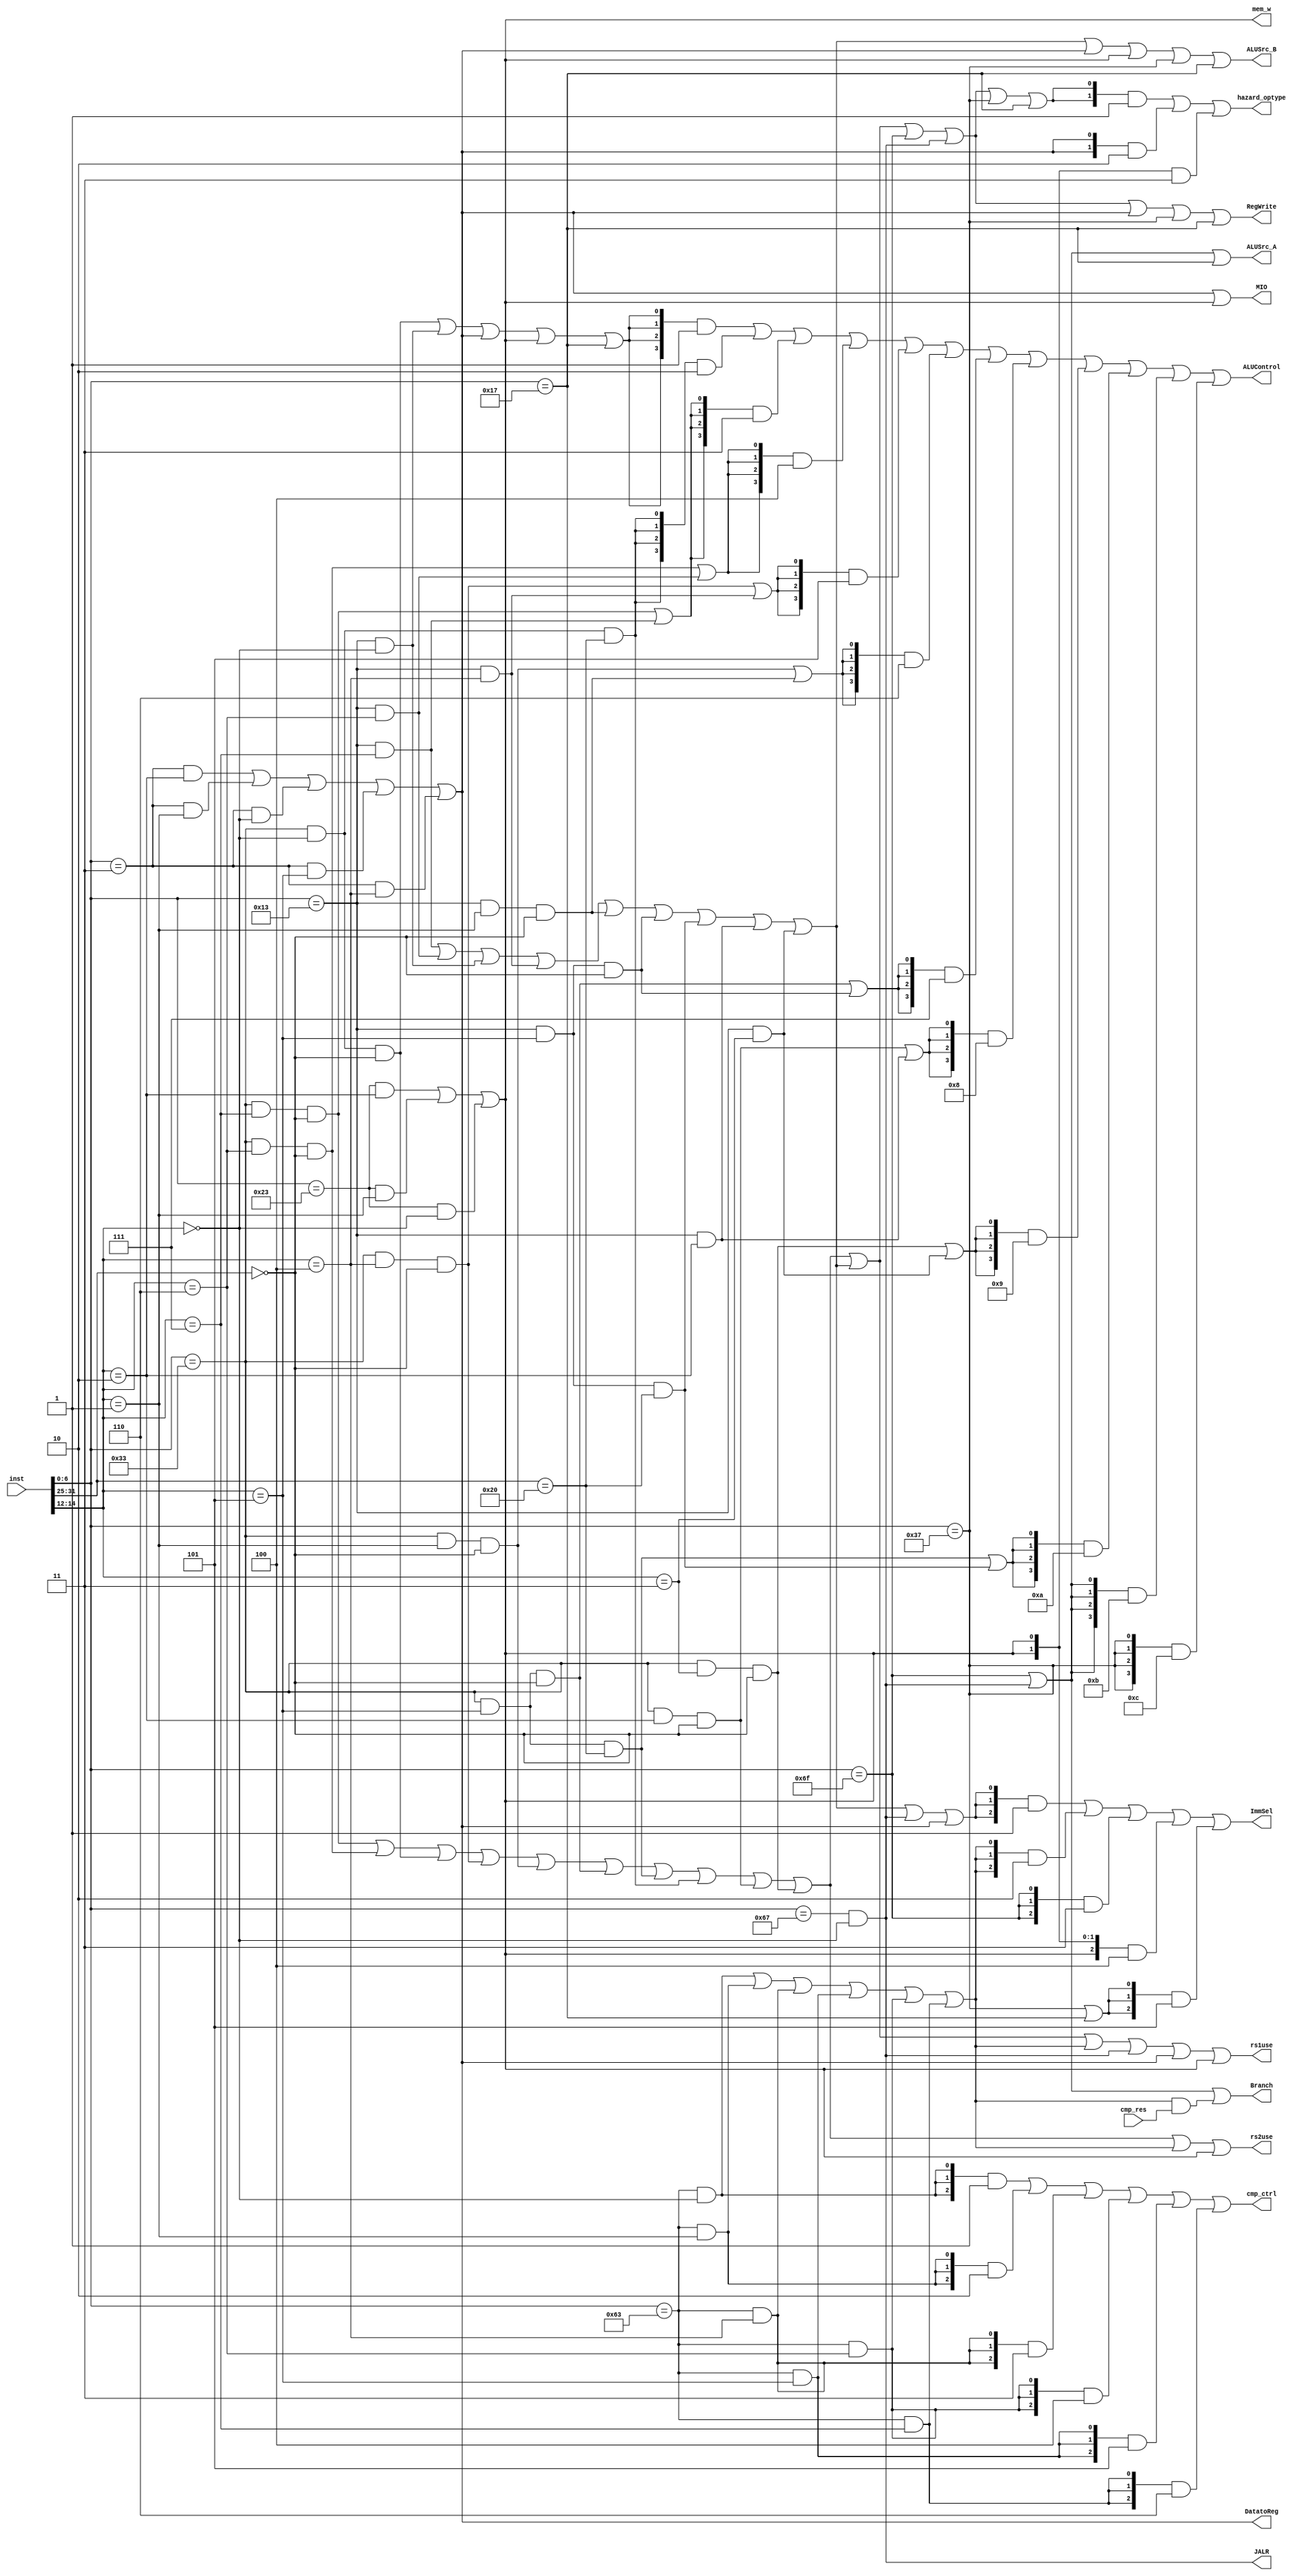
`timescale 1ns / 1ps


module CtrlUnit(
    input[31:0] inst,
    input cmp_res,
    output Branch, ALUSrc_A, ALUSrc_B, DatatoReg, RegWrite, mem_w,
        MIO, rs1use, rs2use,
    output [1:0] hazard_optype,
    output [2:0] ImmSel, cmp_ctrl,
    output [3:0] ALUControl,
    output JALR
);

    wire[6:0] funct7 = inst[31:25];
    wire[2:0] funct3 = inst[14:12];
    wire[6:0] opcode = inst[6:0];

    wire Rop = opcode == 7'b0110011;
    wire Iop = opcode == 7'b0010011;
    wire Bop = opcode == 7'b1100011;
    wire Lop = opcode == 7'b0000011;
    wire Sop = opcode == 7'b0100011;

    wire funct7_0  = funct7 == 7'h0;
    wire funct7_32 = funct7 == 7'h20;

    wire funct3_0 = funct3 == 3'h0;
    wire funct3_1 = funct3 == 3'h1;
    wire funct3_2 = funct3 == 3'h2;
    wire funct3_3 = funct3 == 3'h3;
    wire funct3_4 = funct3 == 3'h4;
    wire funct3_5 = funct3 == 3'h5;
    wire funct3_6 = funct3 == 3'h6;
    wire funct3_7 = funct3 == 3'h7;

    wire ADD  = Rop & funct3_0 & funct7_0;
    wire SUB  = Rop & funct3_0 & funct7_32;
    wire SLL  = Rop & funct3_1 & funct7_0;
    wire SLT  = Rop & funct3_2 & funct7_0;
    wire SLTU = Rop & funct3_3 & funct7_0;
    wire XOR  = Rop & funct3_4 & funct7_0;
    wire SRL  = Rop & funct3_5 & funct7_0;
    wire SRA  = Rop & funct3_5 & funct7_32;
    wire OR   = Rop & funct3_6 & funct7_0;
    wire AND  = Rop & funct3_7 & funct7_0;

    wire ADDI  = Iop & funct3_0;	
    wire SLTI  = Iop & funct3_2;
    wire SLTIU = Iop & funct3_3;
    wire XORI  = Iop & funct3_4;
    wire ORI   = Iop & funct3_6;
    wire ANDI  = Iop & funct3_7;
    wire SLLI  = Iop & funct3_1 & funct7_0;
    wire SRLI  = Iop & funct3_5 & funct7_0;
    wire SRAI  = Iop & funct3_5 & funct7_32;

    wire BEQ = Bop & funct3_0;
    wire BNE = Bop & funct3_1;
    wire BLT = Bop & funct3_4;
    wire BGE = Bop & funct3_5;
    wire BLTU = Bop & funct3_6;
    wire BGEU = Bop & funct3_7;

    wire LB =  Lop & funct3_0;
    wire LH =  Lop & funct3_1;
    wire LW =  Lop & funct3_2;
    wire LBU = Lop & funct3_4;
    wire LHU = Lop & funct3_5;

    wire SB = Sop & funct3_0;
    wire SH = Sop & funct3_1;
    wire SW = Sop & funct3_2;

    wire LUI   = opcode == 7'b0110111;
    wire AUIPC = opcode == 7'b0010111;

    wire JAL  =  opcode == 7'b1101111;
    assign JALR = (opcode == 7'b1100111) && funct3_0;

    wire R_valid = AND | OR | ADD | XOR | SLL | SRL | SRA | SUB | SLT | SLTU;
    wire I_valid = ANDI | ORI | ADDI | XORI | SLLI | SRLI | SRAI | SLTI | SLTIU;
    wire B_valid = BEQ | BNE | BLT | BGE | BLTU | BGEU;
    wire L_valid = LW | LH | LB | LHU | LBU;
    wire S_valid = SW | SH | SB;


    assign Branch = JAL | JALR | B_valid & cmp_res;

    parameter Imm_type_I = 3'b001;
    parameter Imm_type_B = 3'b010;
    parameter Imm_type_J = 3'b011;
    parameter Imm_type_S = 3'b100;
    parameter Imm_type_U = 3'b101;
    assign ImmSel = {3{I_valid | JALR | L_valid}} & Imm_type_I |
                    {3{B_valid}}                  & Imm_type_B |
                    {3{JAL}}                      & Imm_type_J |
                    {3{S_valid}}                  & Imm_type_S |
                    {3{LUI | AUIPC}}              & Imm_type_U ;

    parameter cmp_EQ  = 3'b001;
    parameter cmp_NE  = 3'b010;
    parameter cmp_LT  = 3'b011;
    parameter cmp_LTU = 3'b100;
    parameter cmp_GE  = 3'b101;
    parameter cmp_GEU = 3'b110;
    assign cmp_ctrl = {3{BEQ }} & cmp_EQ  |
                      {3{BNE }} & cmp_NE  |
                      {3{BLT }} & cmp_LT  |
                      {3{BLTU}} & cmp_LTU |
                      {3{BGE }} & cmp_GE  |
                      {3{BGEU}} & cmp_GEU ;

    assign ALUSrc_A = JAL | JALR | AUIPC;

    assign ALUSrc_B = I_valid | L_valid | S_valid | LUI | AUIPC;

    parameter ALU_ADD  = 4'b0001;
    parameter ALU_SUB  = 4'b0010;
    parameter ALU_AND  = 4'b0011;
    parameter ALU_OR   = 4'b0100;
    parameter ALU_XOR  = 4'b0101;
    parameter ALU_SLL  = 4'b0110;
    parameter ALU_SRL  = 4'b0111;
    parameter ALU_SLT  = 4'b1000;
    parameter ALU_SLTU = 4'b1001;
    parameter ALU_SRA  = 4'b1010;
    parameter ALU_Ap4  = 4'b1011;
    parameter ALU_Bout = 4'b1100;
    assign ALUControl = {4{ADD | ADDI | L_valid | S_valid | AUIPC}} & ALU_ADD  |
                        {4{SUB}}                                    & ALU_SUB  |
                        {4{AND | ANDI}}                             & ALU_AND  |
                        {4{OR | ORI}}                               & ALU_OR   |
                        {4{XOR | XORI}}                             & ALU_XOR  |
                        {4{SLL | SLLI}}                             & ALU_SLL  |
                        {4{SRL | SRLI}}                             & ALU_SRL  |
                        {4{SLT | SLTI}}                             & ALU_SLT  |
                        {4{SLTU | SLTIU}}                           & ALU_SLTU |
                        {4{SRA | SRAI}}                             & ALU_SRA  |
                        {4{JAL | JALR}}                             & ALU_Ap4  |
                        {4{LUI}}                                    & ALU_Bout ;

    assign DatatoReg = L_valid;

    assign RegWrite = R_valid | I_valid | JAL | JALR | L_valid | LUI | AUIPC;

    assign mem_w = S_valid;

    assign MIO = L_valid | S_valid;

    assign rs1use = R_valid | I_valid | B_valid | JALR | L_valid | S_valid ;

    assign rs2use = R_valid | B_valid | S_valid;

    parameter hazard_optype_ALU = 2'd1;
    parameter hazard_optype_LOAD = 2'd2;
    parameter hazard_optype_STORE = 2'd3;
    assign hazard_optype = {2{R_valid | I_valid | JAL | JALR | LUI | AUIPC}} & hazard_optype_ALU  | 
                            {2{L_valid}}                                     & hazard_optype_LOAD |
                            {2{S_valid}}                                     & hazard_optype_STORE;

endmodule